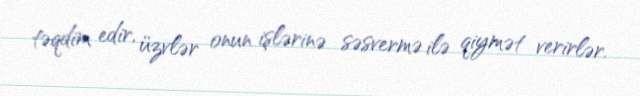
təqdim edir, üzvlər onun işlərinə səsvermə ilə qiymət verirlər.